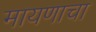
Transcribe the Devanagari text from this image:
मायणाचा